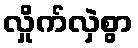
လှိုက်လှဲစွာ